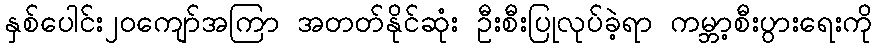
နှစ်ပေါင်း၂၀ကျော်အကြာ အတတ်နိုင်ဆုံး ဦးစီးပြုလုပ်ခဲ့ရာ ကမ္ဘာ့စီးပွားရေးကို